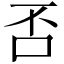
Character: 否